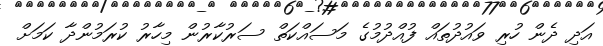
އަދި ދެން ހުރި ވައުދުތައް ފުއްދުމުގެ މަސައްކަތް ސަރުކާރުން މިހާރު ކުރަމުންދާ ކަމަށް